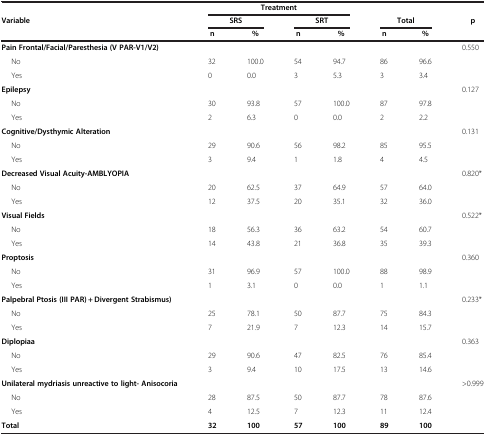
<table><thead><tr><td><b> </b></td><td colspan="4"><b>Treatment</b></td><td><b> </b></td><td><b> </b></td><td><b> </b></td></tr><tr><td><b>Variable</b></td><td colspan="2"><b>SRS</b></td><td colspan="2"><b>SRT</b></td><td colspan="2"><b>Total</b></td><td><b> p</b></td></tr><tr><td><b> </b></td><td><b> n</b></td><td><b> %</b></td><td><b> n</b></td><td><b> %</b></td><td><b> n</b></td><td><b> %</b></td><td><b> </b></td></tr></thead><tbody><tr><td><b>Pain Frontal/Facial/Paresthesia (V PAR-V1/V2)</b></td><td> </td><td> </td><td> </td><td> </td><td> </td><td> </td><td>0.550</td></tr><tr><td>No</td><td>32</td><td>100.0</td><td>54</td><td>94.7</td><td>86</td><td>96.6</td><td> </td></tr><tr><td>Yes</td><td>0</td><td>0.0</td><td>3</td><td>5.3</td><td>3</td><td>3.4</td><td> </td></tr><tr><td><b>Epilepsy</b></td><td> </td><td> </td><td> </td><td> </td><td> </td><td> </td><td>0.127</td></tr><tr><td>No</td><td>30</td><td>93.8</td><td>57</td><td>100.0</td><td>87</td><td>97.8</td><td> </td></tr><tr><td>Yes</td><td>2</td><td>6.3</td><td>0</td><td>0.0</td><td>2</td><td>2.2</td><td> </td></tr><tr><td><b>Cognitive/Dysthymic Alteration</b></td><td> </td><td> </td><td> </td><td> </td><td> </td><td> </td><td>0.131</td></tr><tr><td>No</td><td>29</td><td>90.6</td><td>56</td><td>98.2</td><td>85</td><td>95.5</td><td> </td></tr><tr><td>Yes</td><td>3</td><td>9.4</td><td>1</td><td>1.8</td><td>4</td><td>4.5</td><td> </td></tr><tr><td><b>Decreased Visual Acuity-AMBLYOPIA</b></td><td> </td><td> </td><td> </td><td> </td><td> </td><td> </td><td>0.820*</td></tr><tr><td>No</td><td>20</td><td>62.5</td><td>37</td><td>64.9</td><td>57</td><td>64.0</td><td> </td></tr><tr><td>Yes</td><td>12</td><td>37.5</td><td>20</td><td>35.1</td><td>32</td><td>36.0</td><td> </td></tr><tr><td><b>Visual Fields</b></td><td> </td><td> </td><td> </td><td> </td><td> </td><td> </td><td>0.522*</td></tr><tr><td>No</td><td>18</td><td>56.3</td><td>36</td><td>63.2</td><td>54</td><td>60.7</td><td> </td></tr><tr><td>Yes</td><td>14</td><td>43.8</td><td>21</td><td>36.8</td><td>35</td><td>39.3</td><td> </td></tr><tr><td><b>Proptosis</b></td><td> </td><td> </td><td> </td><td> </td><td> </td><td> </td><td>0.360</td></tr><tr><td>No</td><td>31</td><td>96.9</td><td>57</td><td>100.0</td><td>88</td><td>98.9</td><td> </td></tr><tr><td>Yes</td><td>1</td><td>3.1</td><td>0</td><td>0.0</td><td>1</td><td>1.1</td><td> </td></tr><tr><td><b>Palpebral Ptosis (III PAR) + Divergent Strabismus)</b></td><td> </td><td> </td><td> </td><td> </td><td> </td><td> </td><td>0.233*</td></tr><tr><td>No</td><td>25</td><td>78.1</td><td>50</td><td>87.7</td><td>75</td><td>84.3</td><td> </td></tr><tr><td>Yes</td><td>7</td><td>21.9</td><td>7</td><td>12.3</td><td>14</td><td>15.7</td><td> </td></tr><tr><td><b>Diplopiaa</b></td><td> </td><td> </td><td> </td><td> </td><td> </td><td> </td><td>0.363</td></tr><tr><td>No</td><td>29</td><td>90.6</td><td>47</td><td>82.5</td><td>76</td><td>85.4</td><td> </td></tr><tr><td>Yes</td><td>3</td><td>9.4</td><td>10</td><td>17.5</td><td>13</td><td>14.6</td><td> </td></tr><tr><td><b>Unilateral mydriasis unreactive to light- Anisocoria</b></td><td> </td><td> </td><td> </td><td> </td><td> </td><td> </td><td>&gt;0.999</td></tr><tr><td>No</td><td>28</td><td>87.5</td><td>50</td><td>87.7</td><td>78</td><td>87.6</td><td> </td></tr><tr><td>Yes</td><td>4</td><td>12.5</td><td>7</td><td>12.3</td><td>11</td><td>12.4</td><td> </td></tr><tr><td><b>Total</b></td><td><b>32</b></td><td><b>100</b></td><td><b>57</b></td><td><b>100</b></td><td><b>89</b></td><td><b>100</b></td><td> </td></tr></tbody></table>